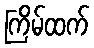
ကြိမ်ထက်